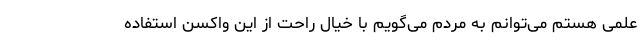
علمی هستم می‌توانم به مردم می‌گویم با خیال راحت از این واکسن استفاده